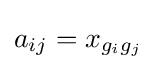
a_{ij}=x_{g_{i}g_{j}}